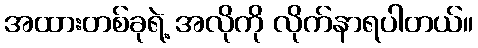
အထားတစ်ခုရဲ့ အလိုကို လိုက်နာရပါတယ်။